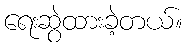
ရေးဆွဲထားခဲ့တယ်။